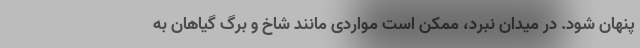
پنهان شود. در میدان نبرد، ممکن است مواردی مانند شاخ و برگ گیاهان به